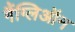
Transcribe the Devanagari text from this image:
गैंग्लिऑन